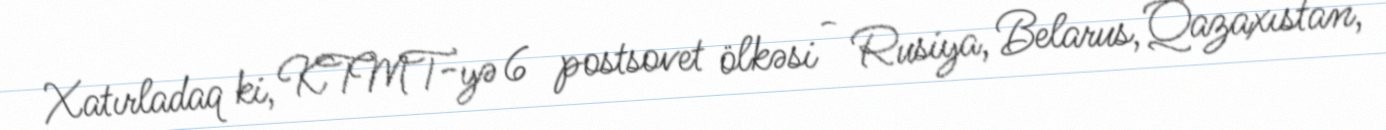
Xatırladaq ki, KTMT-yə 6 postsovet ölkəsi - Rusiya, Belarus, Qazaxıstan,